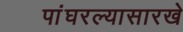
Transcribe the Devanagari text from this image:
पांघरल्यासारखे